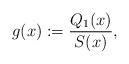
LaTeX: \begin{align*}{g}(x):=\frac{{Q_1}(x)}{{S}(x)},\end{align*}